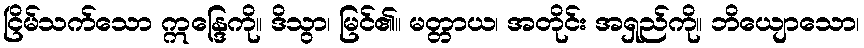
ငြိမ်သက်သော ဣန္ဒြေကို။ ဒိသွာ၊ မြင်၏။ မတ္တာယ၊ အတိုင်း အရှည်ကို။ ဘိယျောသော၊